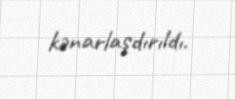
kənarlaşdırıldı.